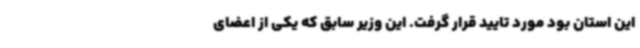
این استان بود مورد تایید قرار گرفت. این وزیر سابق که یکی از اعضای